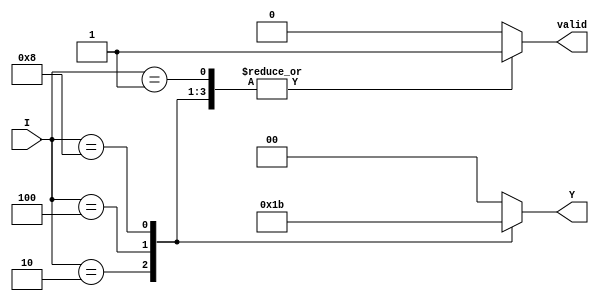
module binary_encoder (
    input wire [3:0] I,      // 4 input lines
    output reg [1:0] Y,      // 2 output lines
    output reg valid          // Valid signal to indicate if an input is active
);

    always @(*) begin
        case (I)
            4'b0001: begin
                Y = 2'b00; // I0 is active
                valid = 1'b1;
            end
            4'b0010: begin
                Y = 2'b01; // I1 is active
                valid = 1'b1;
            end
            4'b0100: begin
                Y = 2'b10; // I2 is active
                valid = 1'b1;
            end
            4'b1000: begin
                Y = 2'b11; // I3 is active
                valid = 1'b1;
            end
            default: begin
                Y = 2'b00; // Default output when no input is active
                valid = 1'b0; // No valid input
            end
        endcase
    end

endmodule